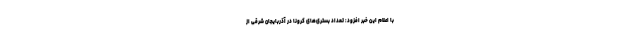
با اعلام این خبر افزود: تعداد بستری‌های کرونا در آذربایجان شرقی از